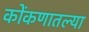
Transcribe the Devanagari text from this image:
कोंकणातल्या